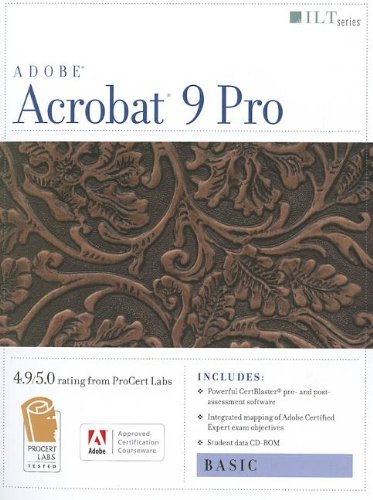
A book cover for Acrobat 9 Pro: Basic, Ace Edition + Certblaster + Data (ILT); Computers & Technology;